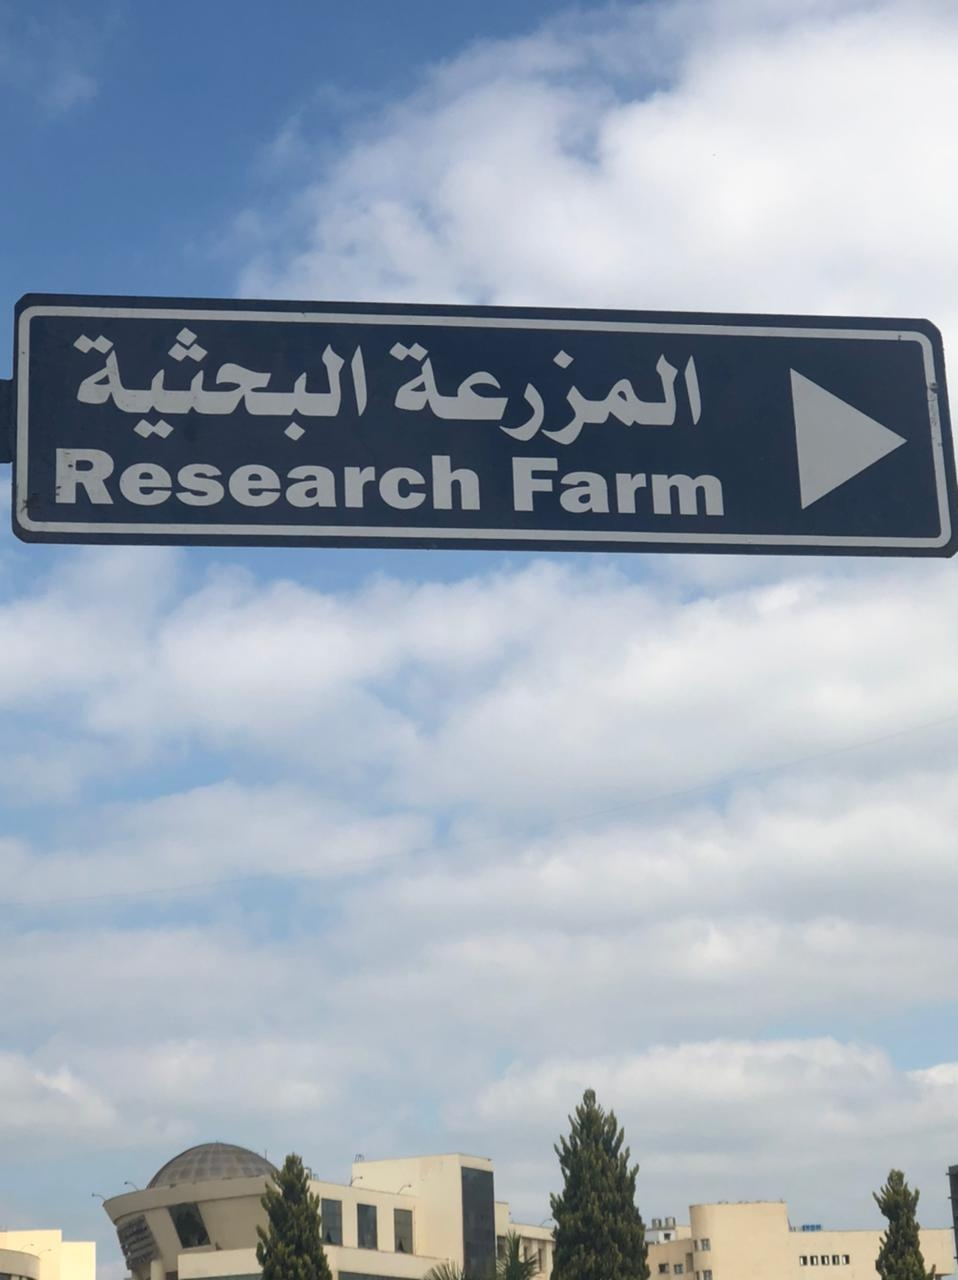
Text in image: البحثية المزرعة Research Farm